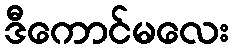
ဒီကောင်မလေး